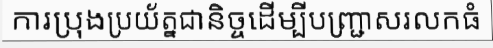
ការប្រុងប្រយ័ត្នជានិច្ចដើម្បីបញ្ជ្រាសរលកធំ